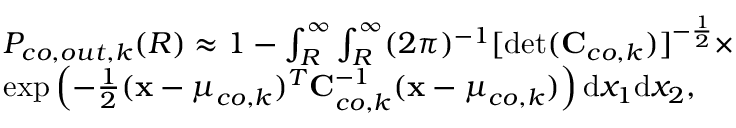
\begin{array} { r l } & { P _ { c o , o u t , k } ( R ) \approx 1 - \int _ { R } ^ { \infty } \int _ { R } ^ { \infty } ( 2 \pi ) ^ { - 1 } [ \operatorname* { d e t } ( { \mathbf { C } } _ { c o , k } ) ] ^ { - \frac { 1 } { 2 } } \times } \\ & { \exp \left( - \frac { 1 } { 2 } ( \mathbf { x } - \boldsymbol { \mu } _ { c o , k } ) ^ { T } { \mathbf { C } } _ { c o , k } ^ { - 1 } ( \mathbf { x } - \boldsymbol { \mu } _ { c o , k } ) \right) \mathrm { d } x _ { 1 } \mathrm { d } x _ { 2 } , } \end{array}